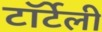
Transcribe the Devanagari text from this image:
टॉर्टेली